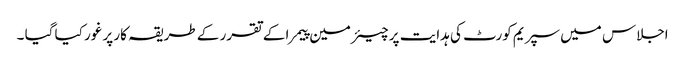
اجلاس میں سپریم کورٹ کی ہدایت پر چیئرمین پیمرا کے تقرر کے طریقہ کار پر غور کیا گیا ۔